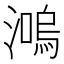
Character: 𤀙